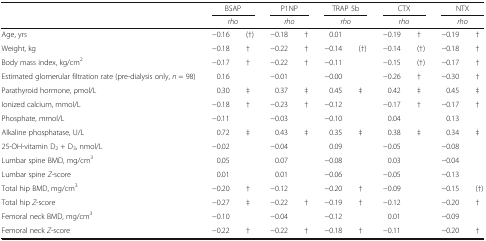
<table><thead><tr><td></td><td colspan="2"><b>BSAP</b></td><td colspan="2"><b>P1NP</b></td><td colspan="2"><b>TRAP 5b</b></td><td colspan="2"><b>CTX</b></td><td colspan="2"><b>NTX</b></td></tr><tr><td></td><td colspan="2"><b><i>rho</i></b></td><td colspan="2"><b><i>rho</i></b></td><td colspan="2"><b><i>rho</i></b></td><td colspan="2"><b><i>rho</i></b></td><td colspan="2"><b><i>rho</i></b></td></tr></thead><tbody><tr><td>Age, yrs</td><td>−0.16</td><td>(†)</td><td>−0.18</td><td>†</td><td>0.01</td><td></td><td>−0.19</td><td>†</td><td>−0.19</td><td>†</td></tr><tr><td>Weight, kg</td><td>−0.18</td><td>†</td><td>−0.22</td><td>†</td><td>−0.14</td><td>(†)</td><td>−0.14</td><td>(†)</td><td>−0.18</td><td>†</td></tr><tr><td>Body mass index, kg/cm<sup>2</sup></td><td>−0.17</td><td>†</td><td>−0.22</td><td>†</td><td>−0.11</td><td></td><td>−0.15</td><td>(†)</td><td>−0.17</td><td>†</td></tr><tr><td>Estimated glomerular filtration rate (pre-dialysis only, <i>n</i> = 98)</td><td>0.16</td><td></td><td>−0.01</td><td></td><td>−0.00</td><td></td><td>−0.26</td><td>†</td><td>−0.30</td><td>†</td></tr><tr><td>Parathyroid hormone, ρmol/L</td><td>0.30</td><td>‡</td><td>0.37</td><td>‡</td><td>0.45</td><td>‡</td><td>0.42</td><td>‡</td><td>0.45</td><td>‡</td></tr><tr><td>Ionized calcium, mmol/L</td><td>−0.18</td><td>†</td><td>−0.23</td><td>†</td><td>−0.12</td><td></td><td>−0.17</td><td>†</td><td>−0.17</td><td>†</td></tr><tr><td>Phosphate, mmol/L</td><td>−0.11</td><td></td><td>−0.03</td><td></td><td>−0.10</td><td></td><td>0.04</td><td></td><td>0.13</td><td></td></tr><tr><td>Alkaline phosphatase, U/L</td><td>0.72</td><td>‡</td><td>0.43</td><td>‡</td><td>0.35</td><td>‡</td><td>0.38</td><td>‡</td><td>0.34</td><td>‡</td></tr><tr><td>25-OH-vitamin D<sub>2</sub> + D<sub>3</sub>, nmol/L</td><td>−0.02</td><td></td><td>−0.04</td><td></td><td>0.09</td><td></td><td>−0.05</td><td></td><td>−0.08</td><td></td></tr><tr><td>Lumbar spine BMD, mg/cm<sup>3</sup></td><td>0.05</td><td></td><td>0.07</td><td></td><td>−0.08</td><td></td><td>0.03</td><td></td><td>−0.04</td><td></td></tr><tr><td>Lumbar spine <i>Z</i>-score</td><td>0.01</td><td></td><td>0.01</td><td></td><td>−0.06</td><td></td><td>−0.05</td><td></td><td>−0.13</td><td></td></tr><tr><td>Total hip BMD, mg/cm<sup>3</sup></td><td>−0.20</td><td>†</td><td>−0.12</td><td></td><td>−0.20</td><td>†</td><td>−0.09</td><td></td><td>−0.15</td><td>(†)</td></tr><tr><td>Total hip <i>Z</i>-score</td><td>−0.27</td><td>‡</td><td>−0.22</td><td>†</td><td>−0.19</td><td>†</td><td>−0.12</td><td></td><td>−0.20</td><td>†</td></tr><tr><td>Femoral neck BMD, mg/cm<sup>3</sup></td><td>−0.10</td><td></td><td>−0.04</td><td></td><td>−0.12</td><td></td><td>0.01</td><td></td><td>−0.09</td><td></td></tr><tr><td>Femoral neck <i>Z</i>-score</td><td>−0.22</td><td>†</td><td>−0.22</td><td>†</td><td>−0.18</td><td>†</td><td>−0.11</td><td></td><td>−0.20</td><td>†</td></tr></tbody></table>